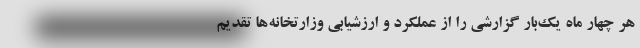
هر چهار ماه یک‌بار گزارشی را از عملکرد و ارزشیابی وزارتخانه‌ها تقدیم